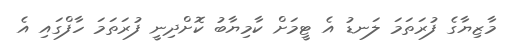
މާޒިޔާގެ ފުރަތަމަ ލަނޑު އެ ޓީމަށް ކާމިޔާބު ކޮށްދިނީ ފުރަތަމަ ހާފްގައި އެ